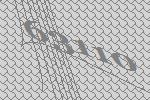
63110